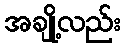
အချို့လည်း